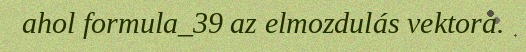
ahol formula_39 az elmozdulás vektora.